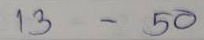
13 - 50